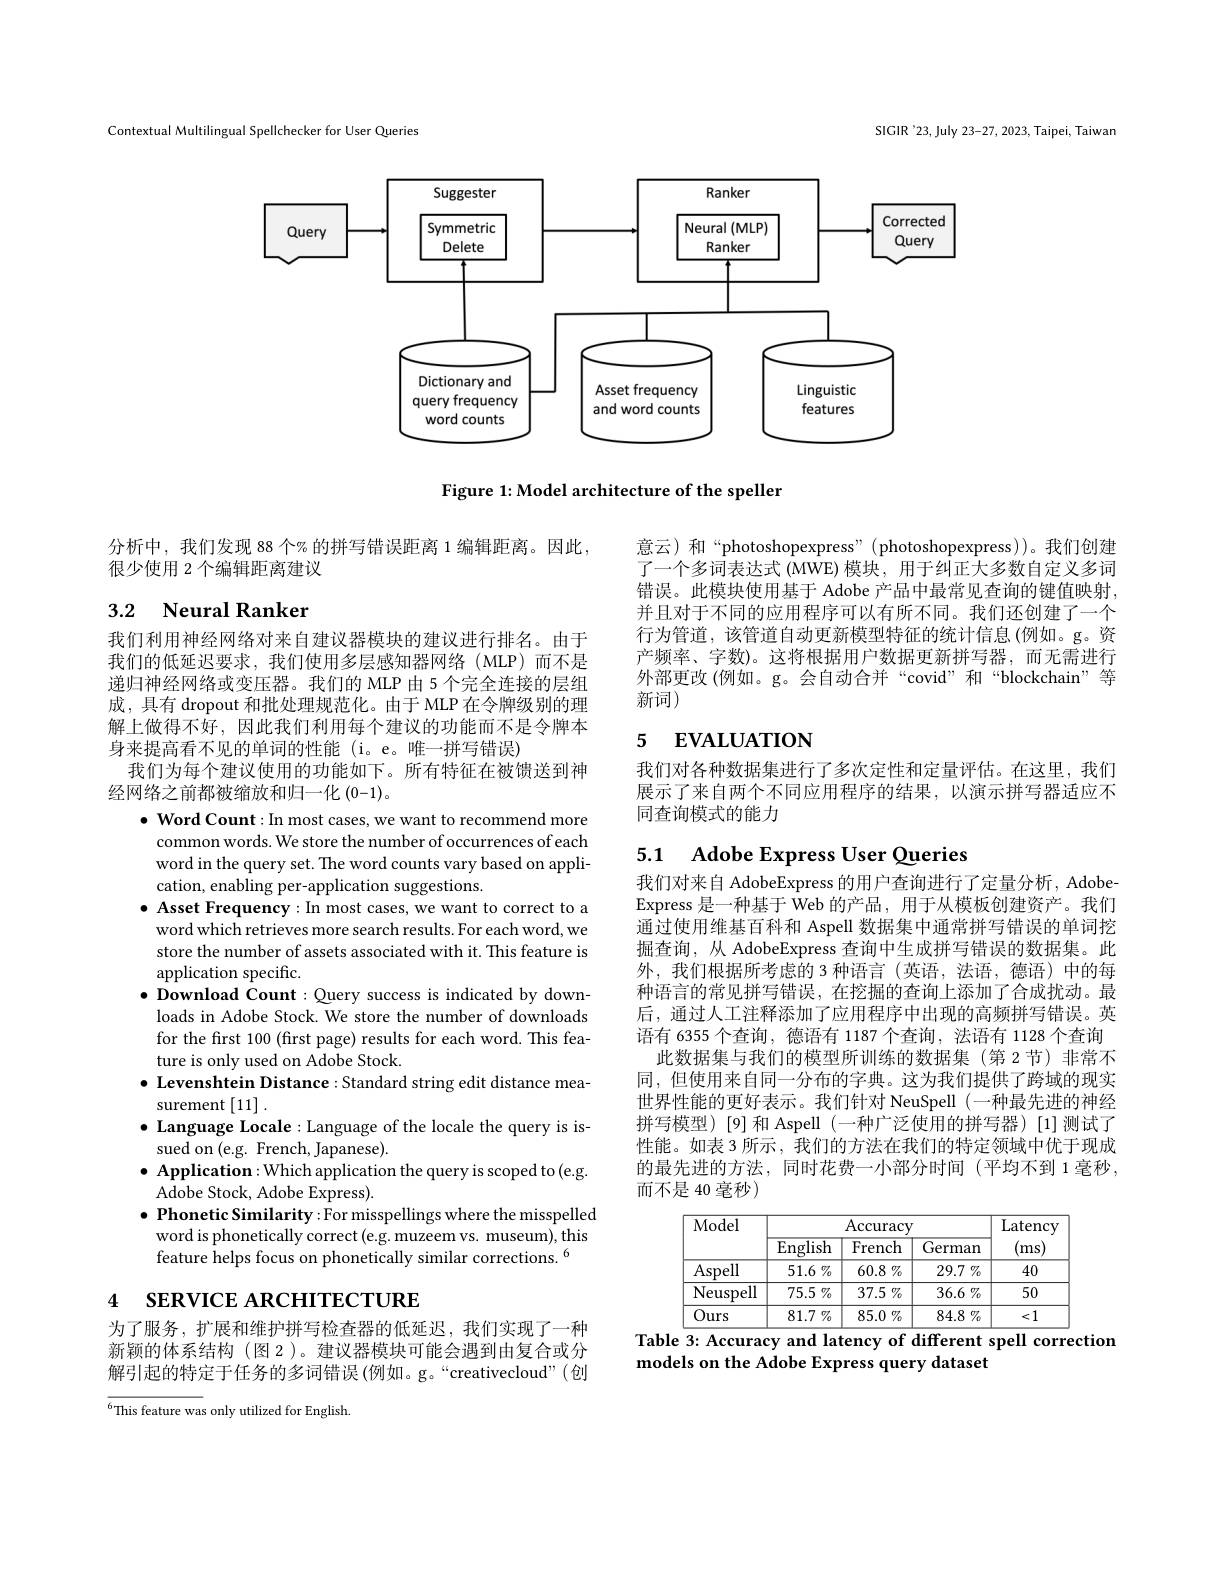
SIGIR'23, July 23-27, 2023, Taipei, Taiwan

Contextual Multilingual Spellchecker for User Queries

<FigureHere>

Figure 1: Model architecture of the speller

分析中，我们发现 88 个% 的拼写错误距离 1 编辑距离。因此，
很少使用 2 个编辑距离建议

## 3.2 Neural Ranker

我们利用神经网络对来自建议器模块的建议进行排名。由于我们的低延迟要求，我们使用多层感知器网络(MLP)而不是递归神经网络或变压器。我们的 MLP 由 5 个完全连接的层组成，具有 dropout 和批处理规范化。由于 MLP 在令牌级别的理解上做得不好，因此我们利用每个建议的功能而不是令牌本身来提高看不见的单词的性能 (i。e。唯一拼写错误)
我们为每个建议使用的功能如下。所有特征在被馈送到神
经网络之前都被缩放和归一化 (0-1)。

$\bullet$ Word Count: In most cases, we want to recommend more
common words. We store the number of occurrences of each word in the query set. The word counts vary based on application, enabling per-application suggestions.
$\bullet$ Asset Frequency:In most cases, we want to correct to a word which retrieves more search results. For each word, we store the number of assets associated with it. This feature is application specific.
$\bullet$ Download Count : Query success is indicated by downloads in Adobe Stock. We store the number of downloads for the first 100 (first page) results for each word. This feature is only used on Adobe Stock.
$\bullet$ Levenshtein Distance:Standard string edit distance mea-
surement [11]
$\bullet$ Language Locale: Language of the locale the query is is-
sued on (e.g. French, Japanese).
$\bullet$ Application:Which application the query is scoped to(e.g.
Adobe Stock, Adobe Express).
$\bullet$ Phonetic Similarity: For misspellings where the misspelled word is phonetically correct (e.g. muzeem vs. museum), this feature helps focus on phonetically similar corrections. $^{6}$

# SERVICE ARCHITECTURE 4

为了服务，扩展和维护拼写检查器的低延迟，我们实现了一种新颖的体系结构 (图 2)。建议器模块可能会遇到由复合或分解引起的特定于任务的多词错误(例如。g。“creativecloud”(创

$^{6}$This feature was only utilized for English.

意云)和“photoshopexpress”(photoshopexpress))。我们创建$\dot{\text{了一个多词表达式 (MWE)模块，用于纠正大多数自定义多词}}$ 错误。此模块使用基于 Adobe 产品中最常见查询的键值映射， 并且对于不同的应用程序可以有所不同。我们还创建了一个行为管道，该管道自动更新模型特征的统计信息(例如。g。资产频率、字数)。这将根据用户数据更新拼写器，而无需进行外部更改 (例如。g。会自动合并“covid”和“blockchain”等新词)

## 5 EVALUATION

我们对各种数据集进行了多次定性和定量评估。在这里，我们展示了来自两个不同应用程序的结果，以演示拼写器适应不同查询模式的能力

# 5.1 Adobe Express User Queries

我们对来自 AdobeExpress 的用户查询进行了定量分析，AdobeExpress 是一种基于 Web 的产品，用于从模板创建资产。我们通过使用维基百科和 Aspell 数据集中通常拼写错误的单词挖掘查询，从 AdobeExpress 查询中生成拼写错误的数据集。此外，我们根据所考虑的 3 种语言(英语，法语，德语) 中的每种语言的常见拼写错误，在挖掘的查询上添加了合成扰动。最后，通过人工注释添加了应用程序中出现的高频拼写错误。英语有 6355 个查询，德语有 1187 个查询，法语有 1128 个查询
此数据集与我们的模型所训练的数据集 (第 2 节) 非常不同，但使用来自同一分布的字典。这为我们提供了跨域的现实世界性能的更好表示。我们针对 NeuSpell (一种最先进的神经拼写模型)[9]和 Aspell(一种广泛使用的拼写器)[1]测试了性能。如表 3 所示，我们的方法在我们的特定领域中优于现成的最先进的方法，同时花费一小部分时间(平均不到 1 毫秒， 而不是 40 毫秒)

<table>
	<tbody>
		<tr>
			<th rowspan="2">Model</th>
			<th colspan="3">$\operatorname{Accuracy}$</th>
			<th rowspan="2">Latency ms</th>
		</tr>
		<tr>
			<th>${\mathrm{English}}$</th>
			<th>French</th>
			<th>German</th>
		</tr>
		<tr>
			<td>Aspell</td>
			<td>$51.6\%$</td>
			<td>$60.8\%$</td>
			<td>$29.7\%$</td>
			<td>40</td>
		</tr>
		<tr>
			<td>Neuspell</td>
			<td>$75.5\%$</td>
			<td>$37.5\%$</td>
			<td>$36.6\%$</td>
			<td>50</td>
		</tr>
		<tr>
			<td>Ours</td>
			<td>81.7 $\%$</td>
			<td>85.0 $\%$</td>
			<td>84.8 $\%$</td>
			<td><1</td>
		</tr>
	</tbody>
</table>
Table 3: Accuracy and latency of different spell correction

models on the Adobe Express query dataset